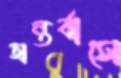
অন্তর্বাসে